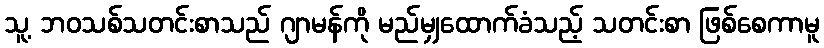
သူ့ ဘဝသစ်သတင်းစာသည် ဂျာမန်ကို မည်မျှထောက်ခံသည့် သတင်းစာ ဖြစ်စေကာမူ